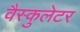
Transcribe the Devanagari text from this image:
वैस्कुलेटर